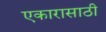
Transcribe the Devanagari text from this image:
एकारासाठी